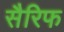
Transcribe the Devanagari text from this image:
सैरिफ